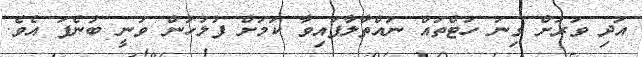
އަދި ވަރަށް ގިނަ ހަޓްތައް ނައްތާލާފައިވާ ކަމަށް ފުލުހުން ވަނީ ބުނެފަ އެވެ.